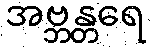
အဗ္ဘန္တရေ